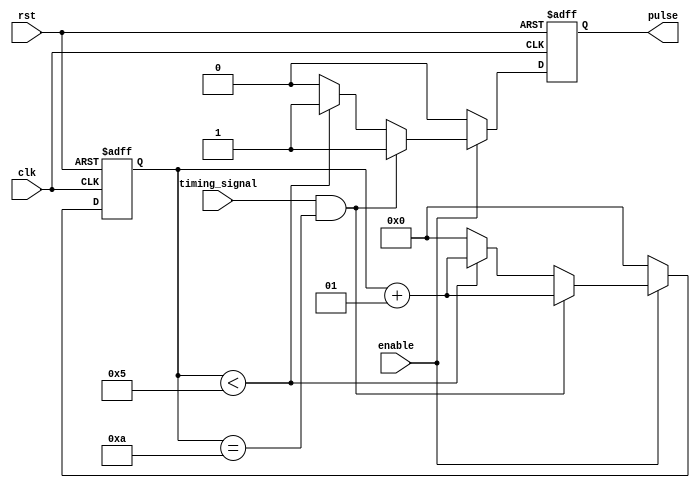
module Falling_Edge_Pulse_Generator (
    input wire clk,
    input wire rst,
    input wire enable,
    input wire timing_signal,
    output reg pulse
);

parameter DELAY_TIME = 10; // Specify the delay time here
parameter PULSE_WIDTH = 5; // Specify the pulse width here

integer count;

always @ (posedge clk or posedge rst) begin
    if (rst) begin
        count <= 0;
        pulse <= 0;
    end else if (enable) begin
        if (timing_signal && count == DELAY_TIME) begin
            pulse <= 1;
            count <= count + 1;
        end else if (count < PULSE_WIDTH) begin
            pulse <= 1;
            count <= count + 1;
        end else begin
            pulse <= 0;
            count <= 0;
        end
    end else begin
        pulse <= 0;
        count <= 0;
    end
end

endmodule